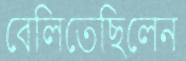
বেলিতেছিলেন